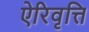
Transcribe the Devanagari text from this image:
ऐरिवृत्ति